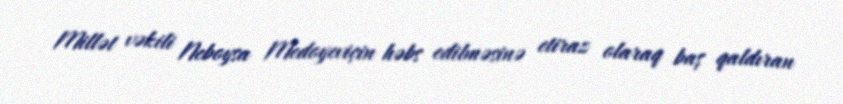
Millət vəkili Neboysa Medoyeviçin həbs edilməsinə etiraz olaraq baş qaldıran